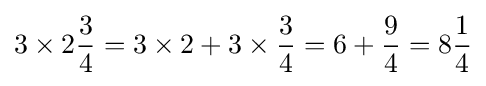
3\times 2{\frac {3}{4}}=3\times 2+3\times {\frac {3}{4}}=6+{\frac {9}{4}}=8{\frac {1}{4}}